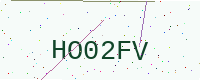
Text: HO02FV